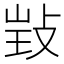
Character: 𢽃